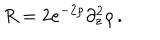
LaTeX: R = 2 e ^ { - 2 \rho } \partial _ { z } ^ { 2 } \rho \, .